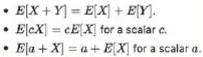
\begin{itemize}
\item $E[X + Y] = E[X] + E[Y]$.
\item $E[aX]=aE[X]$ for a scalar $a$.
\item $E[X] = c \Leftrightarrow X = c$.
\end{itemize}